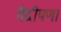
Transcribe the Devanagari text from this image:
गैदीपणा